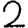
Digit: 2